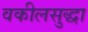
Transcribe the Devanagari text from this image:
वकीलसुद्धा